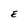
Character: E